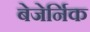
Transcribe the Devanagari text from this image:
बेजेर्निक